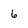
Character: 6